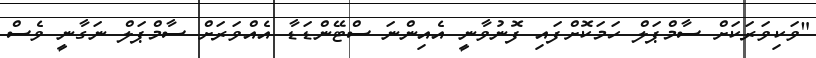
"ވަކިވަރަކަށް ސާމްޕަލް ހަމަކޮށްފައި ފޮނުވާނީ އެއިންނަ ސްޓޭންޑަޑާ އެއްވަރަށް ސާމްޕަލް ނަގާނީ ވެސް